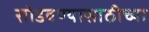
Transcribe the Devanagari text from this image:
सोडवण्यासाठीच्या